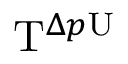
\mathrm { T } ^ { \Delta p \mathrm { U } }